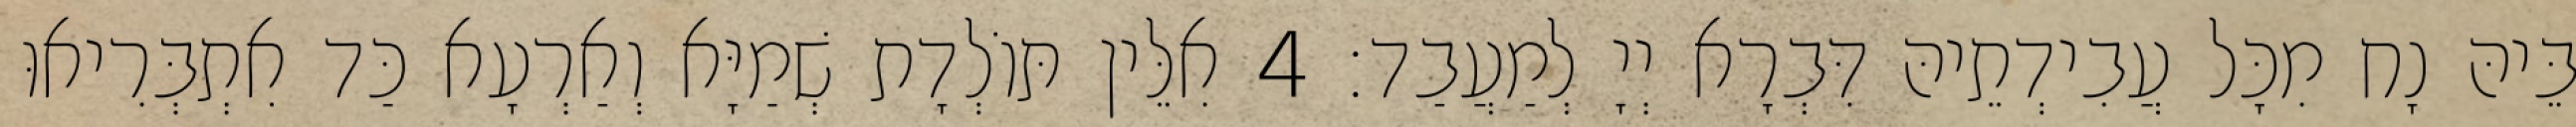
בֵּיהּ נָח מִכָּל עֲבִידְתֵיהּ דִּבְרָא יְיָ לְמַעֲבַד׃ 4 אִלֵּין תּוֹלְדָת שְׁמַיָּא וְאַרְעָא כַּד אִתְבְּרִיאוּ